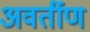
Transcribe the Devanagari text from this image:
अवर्तीण